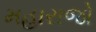
મહારાજો